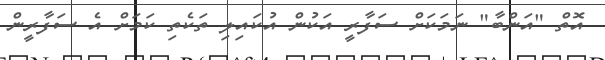
އޮތް "އަންބާ" ނަމަކަށް ސަފާރީ އަކުން އުކައިލި ތަކެތި ކަމަށް އެ ސަފާރީން